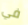
في